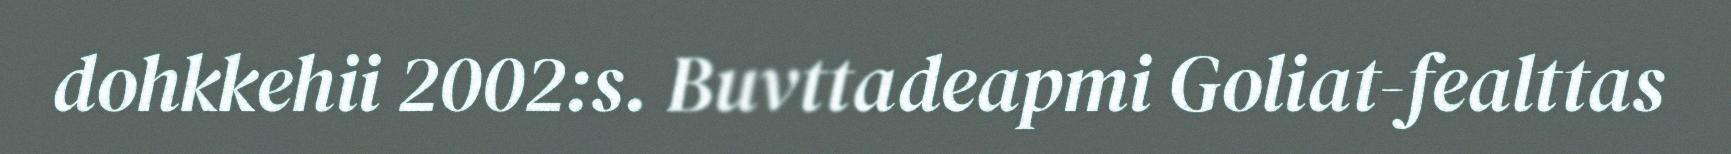
dohkkehii 2002:s. Buvttadeapmi Goliat-fealttas